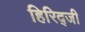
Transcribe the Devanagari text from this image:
हिरिद्जी